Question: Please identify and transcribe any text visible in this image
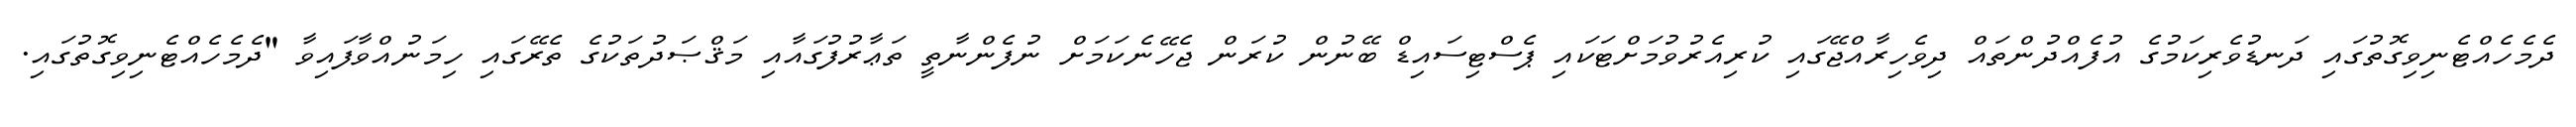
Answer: ދެމެހެއްޓެނިވިގޮތުގައި ދަނޑުވެރިކަމުގެ އުފެއްދުންތައް ދިވެހިރާއްޖޭގައި ކުރިއެރުވުމަށްޓަކައި ޕެސްޓިސައިޑް ބޭނުން ކުރަން ޖެހޭނެކަމަށް ނުފެންނާތީ ތަޢާރުފުގައާއި މަޤްޞަދުތަކުގެ ތެރޭގައި ހިމަނުއްވާފައިވާ "ދެމެހެއްޓެނިވިގޮތުގައި.